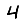
Digit: 4